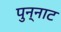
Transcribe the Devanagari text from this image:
पुन्नाट